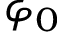
\varphi _ { 0 }